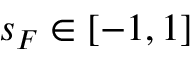
s _ { F } \in [ - 1 , 1 ]